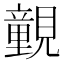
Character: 䚒